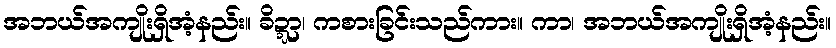
အဘယ်အကျိုးရှိအံ့နည်း။ ခိဍ္ဍာ၊ ကစားခြင်းသည်ကား။ ကာ၊ အဘယ်အကျိုးရှိအံ့နည်း။